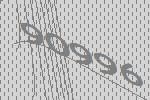
90996